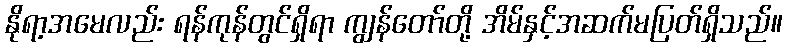
နိုရာ့အမေလည်း ရန်ကုန်တွင်ရှိရာ ကျွန်တော်တို့ အိမ်နှင့်အဆက်မပြတ်ရှိသည်။